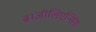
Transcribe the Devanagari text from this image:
ब्राजीलिएन्सिस